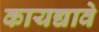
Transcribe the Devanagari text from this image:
कायद्यावे